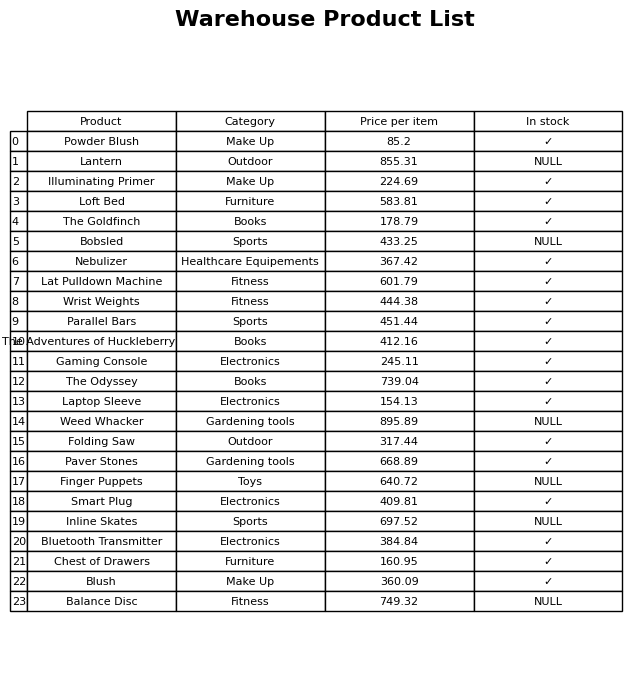
question: What is the price for Gaming Console?
answer: The price of Gaming Console is 245.11.